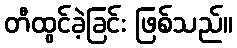
တီထွင်ခဲ့ခြင်း ဖြစ်သည်။